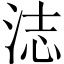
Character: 𬇨